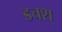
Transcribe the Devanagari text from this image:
डचश्